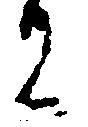
に